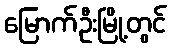
မြောက်ဦးမြို့တွင်